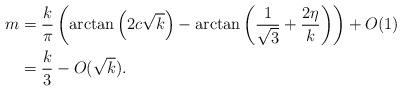
LaTeX: \begin{align*}m &= \frac{k}{\pi}\left(\arctan\left(2c\sqrt{k}\right)-\arctan\left(\frac{1}{\sqrt{3}}+\frac{2 \eta}{k}\right)\right) +O(1)\\&=\frac{k}{3}-O(\sqrt{k}).\end{align*}